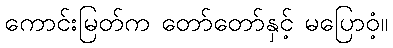
ကောင်းမြတ်က တော်တော်နှင့် မပြောဝံ့။